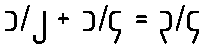
၁/၂ + ၁/၄ = ၃/၄